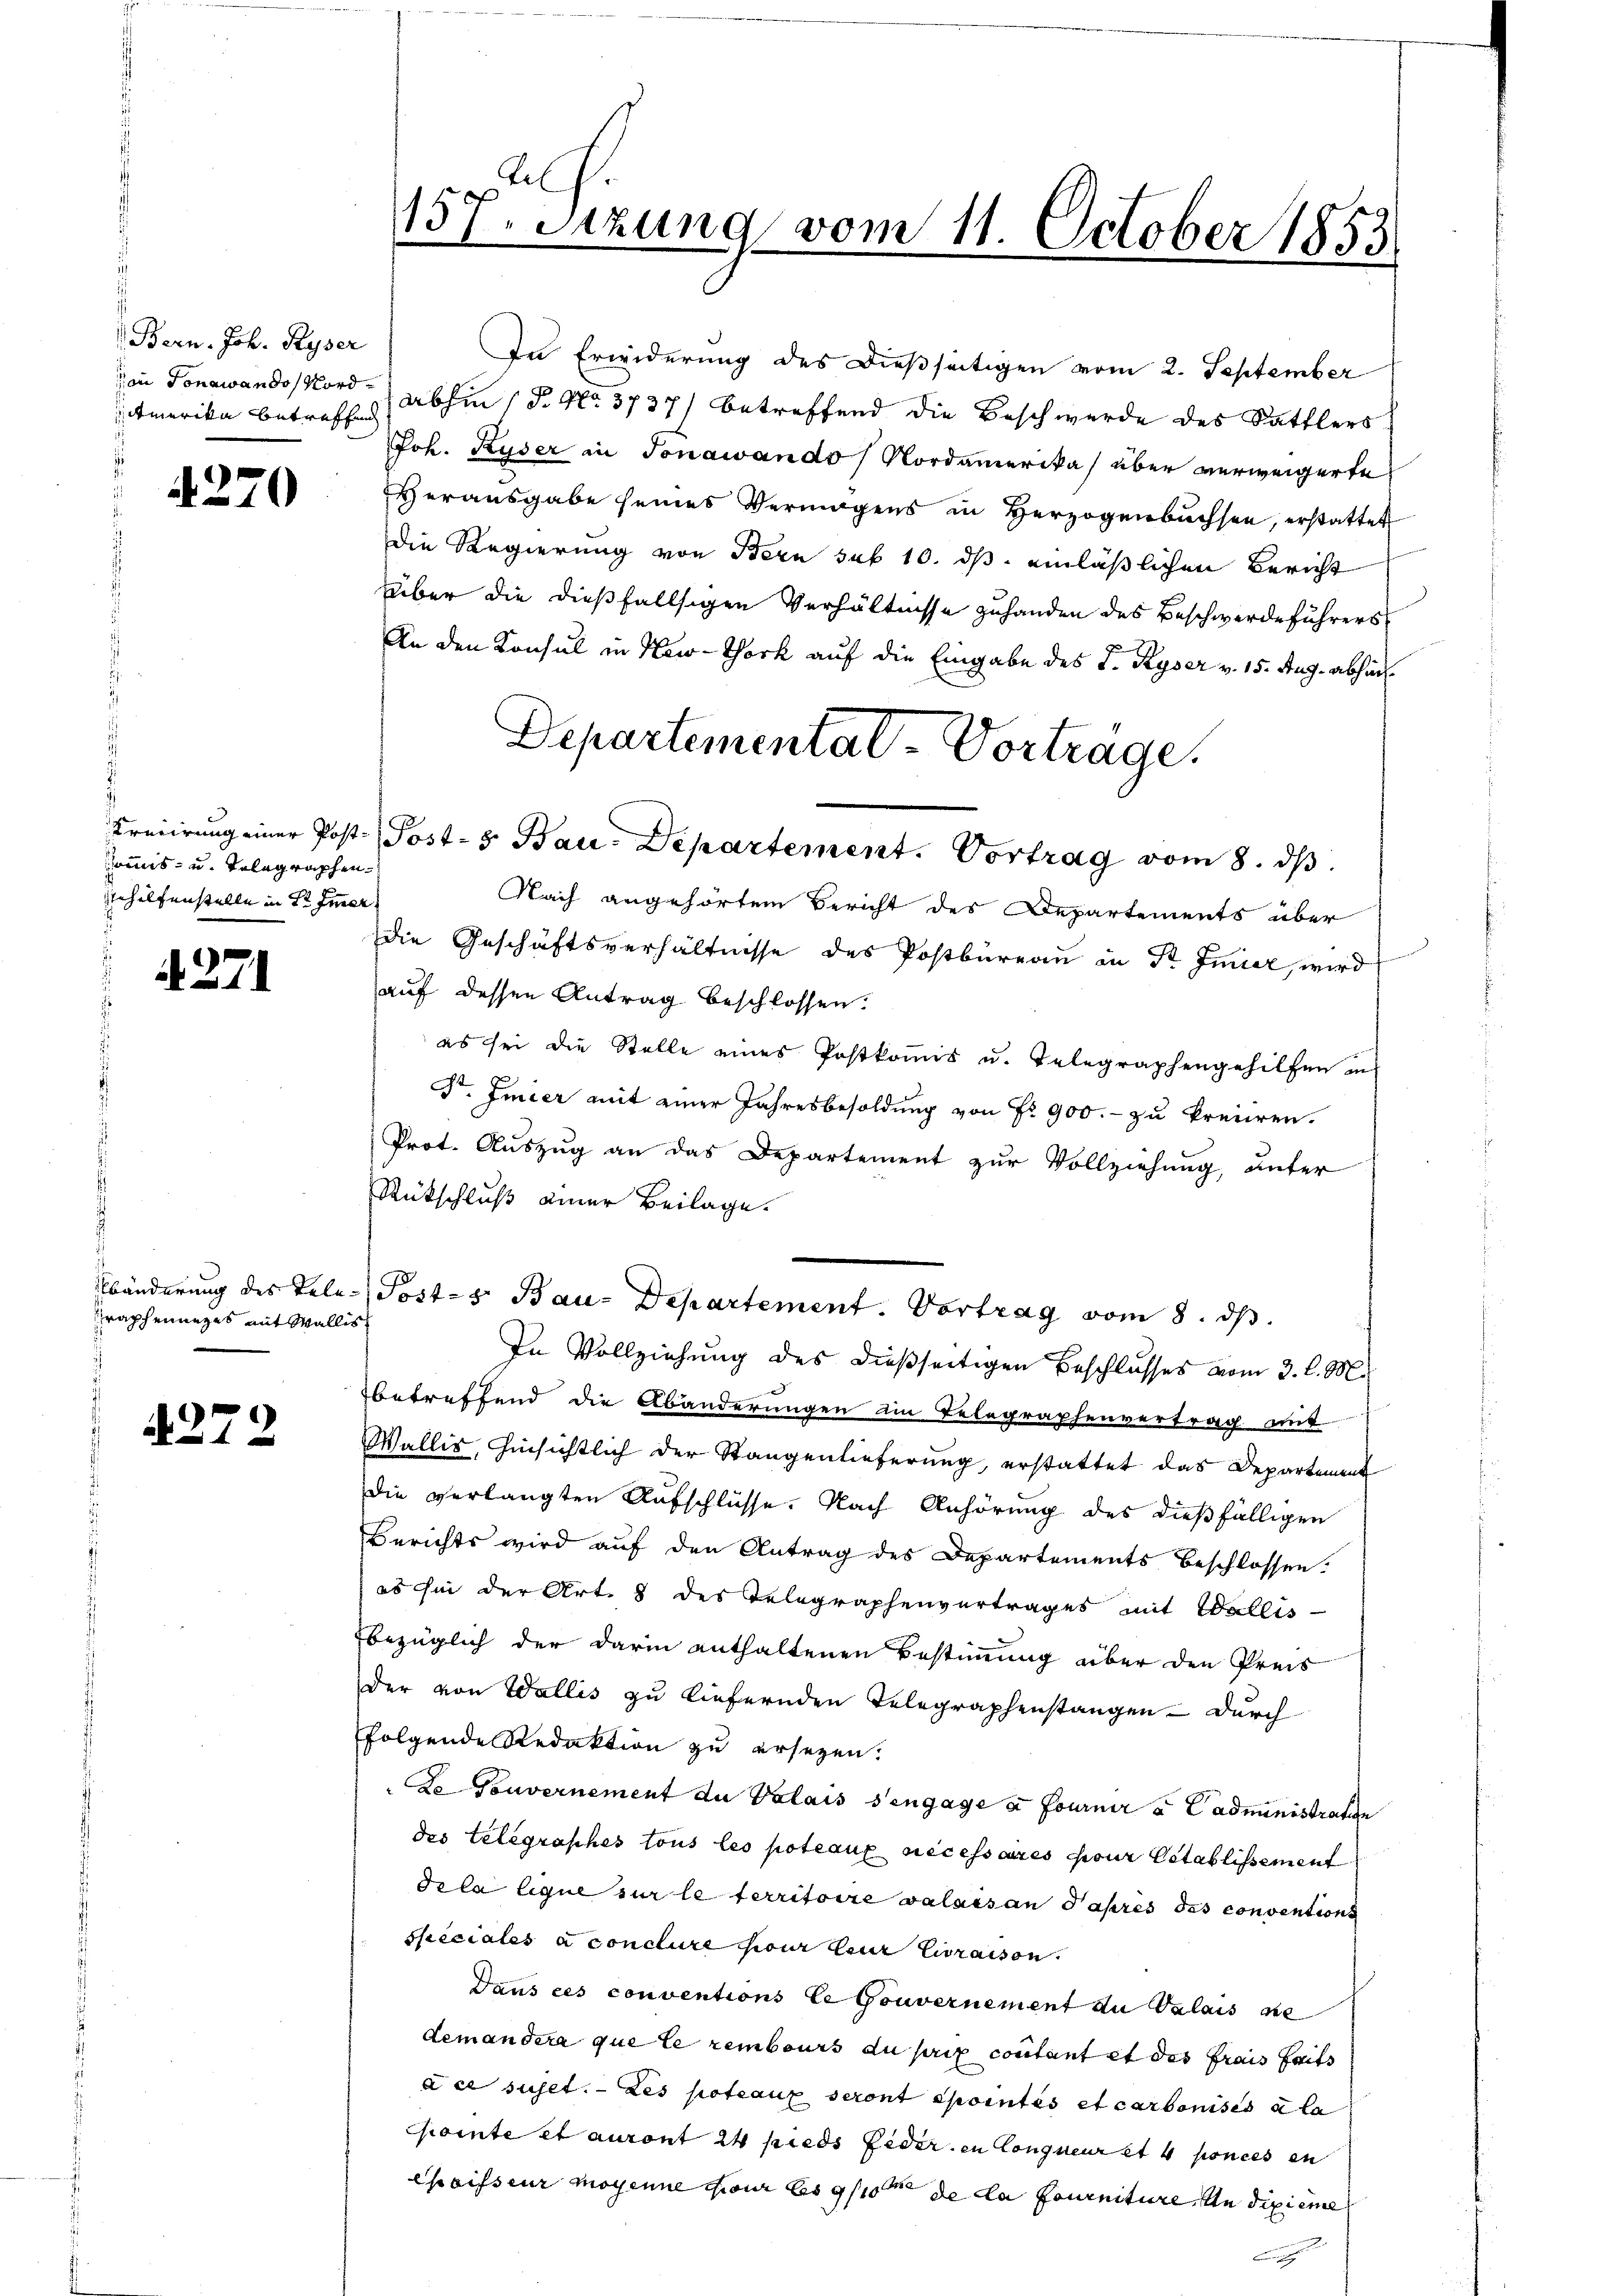
Bern. Joh. Ryser
Amerika betreffend

4270

oms- und Telegraphen.
nhilfenstelle in der Immer

4271

raphenniges mit Wallis

4272

tel
157. Sitzung vom 11. October 1853

In Erwiderung des dießseitigen vom 2. September
on Jonawandos Nord abhin 1 S. No. 3737) betreffend die Beschwerde des Sattlers
Joh. Ruder in Jonawando / Nordamerika) über verweigerte
Herausgabe seines Vermögens in Herzogenbuchsen, erstattet
Die Regierung von Bern sub 10. ds. einläßlichen Bericht
über die dießfallsigen Verhältnisse zuhanden des Beschwerdeführers
An den Konsul in New-York auf die Eingabe des J. Ryser v. 15. Aug. abhin
Nach angehörtem Bericht des Departements über
die Geschäftsverhältnisse des Postbüreau in Dr Feier, wird
auf dessen Antrag beschlossen:
es sei die Stelle eines Postkomis u. Telegraphengehilfen in
St. Jmier mit einer Jahresbesoldung von Fr. 900.- zu kreiiren.
Prot. Auszug an das Departement zur Vollziehung, unter
Rütschluß einer Beilage.
Abänderung des Tele Posts Bau-Departement. Vortrag vom 8. ds.
In Vollziehung des dießseitigen Beschlusses vom 3. l. M.
betreffend die Abänderungen ein Telegraphenvertrag mit
Wallis, hinsichtlich der Stangenlieferung, erstattet das Departement
die verlangten Aufschlüsse. Nach Anhörung des dießfälligen
Berichts wird auf den Antrag des Departements beschlossen.
es in der Art. 8 des Telegraphenvertrages mit Wallis
bezüglich der darin enthaltenen Bestimmung über den Preis
Der von Wallis zu liefernden Telegraphenstangen – durch
folgende Redaktion zu ersezen.
Le Gouvernement du Valais s’engage à fournir u Cadministraten
des Telegraphes tous les poteaux nécessares pour letablissement
Tela lique sur le territoire valaisan Jahres des conventions
speciales à conclure pour leur livraison.
Dans ces conventions le Gouvernement du Valais se
demandera que le rembours au prix contant et des frais faits
ace suset. — Les poteaux seront pointes et carbonises a la
Chointe et auront 24 pieds Feder in Congueur et 4 ponces en
epaisseur moyenne pour bis 9/10 de la fourniture, an dipiere

Departementat-Vortrage.
Kreiirung einer Post. Post- & Bau-Departement. Vortrag vom 8. ds.